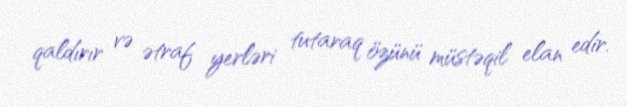
qaldırır və ətraf yerləri tutaraq özünü müstəqil elan edir.